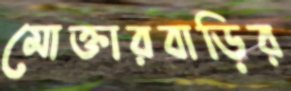
মোক্তারবাড়ির